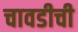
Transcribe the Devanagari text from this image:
चावडीची